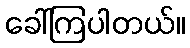
ခေါ်ကြပါတယ်။